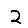
Digit: 2